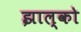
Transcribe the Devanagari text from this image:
झाल्को